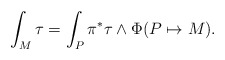
\begin{align*}\int_{M} \tau = \int_{P} \pi^{*}\tau\wedge \Phi(P\mapsto M). \end{align*}